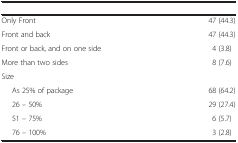
<table><thead><tr><td>[EMPTY_CELL]</td><td>[EMPTY_CELL]</td></tr></thead><tbody><tr><td>Only Front</td><td>47 (44.3)</td></tr><tr><td>Front and back</td><td>47 (44.3)</td></tr><tr><td>Front or back, and on one side</td><td>4 (3.8)</td></tr><tr><td>More than two sides</td><td>8 (7.6)</td></tr><tr><td>Size</td><td>[EMPTY_CELL]</td></tr><tr><td>As 25% of package</td><td>68 (64.2)</td></tr><tr><td>26 – 50%</td><td>29 (27.4)</td></tr><tr><td>51 – 75%</td><td>6 (5.7)</td></tr><tr><td>76 – 100%</td><td>3 (2.8)</td></tr></tbody></table>